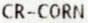
CR-CORN